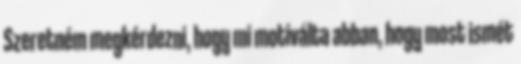
Szeretném megkérdezni, hogy mi motiválta abban, hogy most ismét